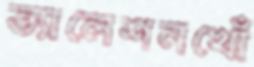
ভ্যালেশনখোঁ